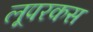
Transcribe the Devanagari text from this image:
लूपरकस